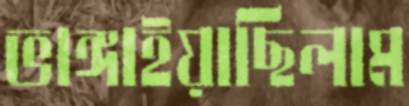
ভাঙ্গাইয়াছিলাম